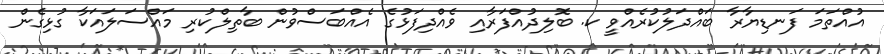
އުއްތަމަ ފަނޑިޔާރާ ބައްދަލުކުރެއްވީ ކ. ބޮލިދުއްފަރާއި ވެއްދިފަޅުގެ އެއްބަސްވުން ބާތިލްކުރި މައްސަލައަކާ ގުޅިގެން